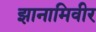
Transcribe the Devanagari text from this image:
झानामिवीर